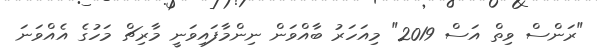
"ރަންސް ވިތް އަސް 2019" މިއަހަރު ބާއްވަން ނިންމާފައިވަނީ މާރިޗް މަހުގެ އެއްވަނަ